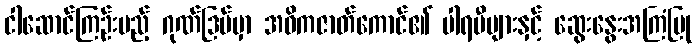
ငါဆောင်ကြဉ်းမည့် ဂုဏ်ဒြပ်မှာ အဓိကဇာတ်ကောင်၏ ပါရမီများနှင့် ဆွေးနွေးအကြံပြု